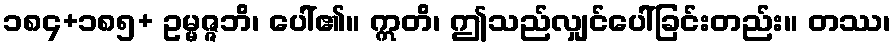
၁၈၄+၁၈၅+ ဥမ္မဇ္ဇဘိ၊ ပေါ်၏။ ဣတိ၊ ဤသည်လျှင်ပေါ်ခြင်းတည်း။ တဿ၊